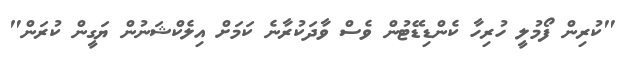
"ކުރިން ފޯމުލީ ހުރިހާ ކެންޑިޑޭޓުން ވެސް ވާދަކުރާނެ ކަމަށް އިލެކްޝަނުން ޔަގީން ކުރަން"